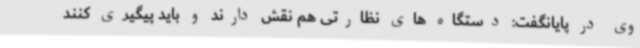
وی در پایانگفت: دستگاه های نظارتی هم نقش دارند و باید پیگیری کنند